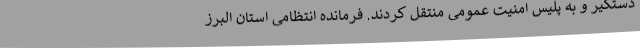
دستگیر و به پلیس امنیت عمومی منتقل کردند. فرمانده انتظامی استان البرز